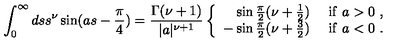
\int _ { 0 } ^ { \infty } d s s ^ { \nu } \sin ( a s - \frac { \pi } { 4 } ) = \frac { \Gamma ( \nu + 1 ) } { | a | ^ { \nu + 1 } } \left\{ \begin{array} { r l } { \sin \frac { \pi } { 2 } ( \nu + \frac { 1 } { 2 } ) } & { \ \mathrm { i f } \ a > 0 \ , } \\ { - \sin \frac { \pi } { 2 } ( \nu + \frac { 3 } { 2 } ) } & { \ \mathrm { i f } \ a < 0 \ . } \\ \end{array} \right.